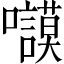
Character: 𱕬